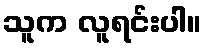
သူက လူရင်းပါ။